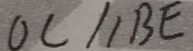
O C / / B E